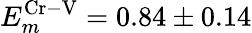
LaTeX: E_{m}^{\mathrm{Cr-V}}=0.84\pm 0.14